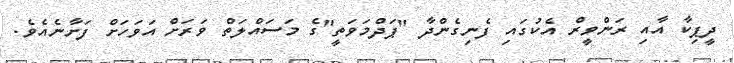
ދީޕިކާ އާއި ރަންވީރް އެކުގައި ފެނިގެންދާ "ޕަދްމަވަތީ"ގެ މަސައްލަތް ވަރަށް އަވަހަށް ފަށާނެއެވެ.